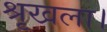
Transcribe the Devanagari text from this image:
श्रृखला।